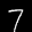
Label: 7